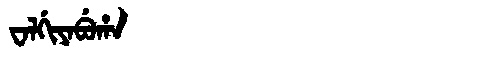
Manchu: ᠸᠠᠯᡤᡳᠶᠠᠪᡠᡥᠠ
Romanization: WALGIYABUHA